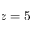
z = 5